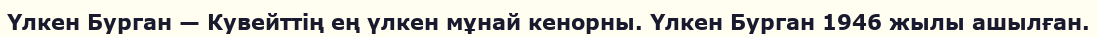
Үлкен Бурган — Кувейттің ең үлкен мұнай кенорны. Үлкен Бурган 1946 жылы ашылған.